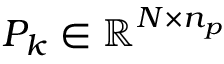
P _ { k } \in \mathbb { R } ^ { N \times n _ { p } }